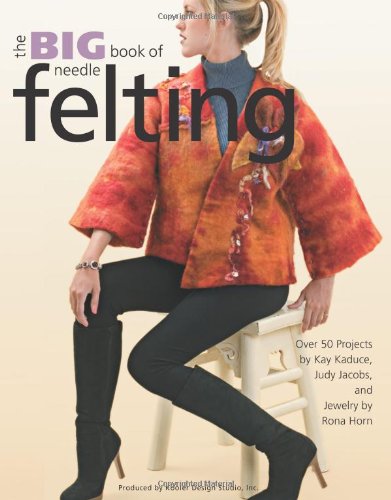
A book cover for Big Book of Needle Felting  (Leisure Arts #4414); Kooler Design Studio; Crafts, Hobbies & Home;